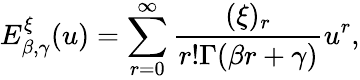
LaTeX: E_{\beta,\gamma}^{\xi}(u)=\sum_{r=0}^{\infty}\frac{(\xi)_{r}}{r!\Gamma(\beta r+\gamma)}u^{r},